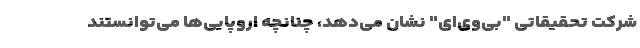
شرکت تحقیقاتی "بی‌وی‌ای" نشان می‌دهد، چنانچه اروپایی‌ها می‌توانستند